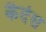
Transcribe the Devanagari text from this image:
कैदेस